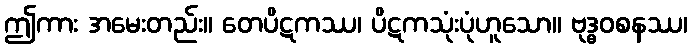
ဤကား အမေးတည်း။ တေပိဋကဿ၊ ပိဋကသုံးပုံဟူသော။ ဗုဒ္ဓဝစနဿ၊